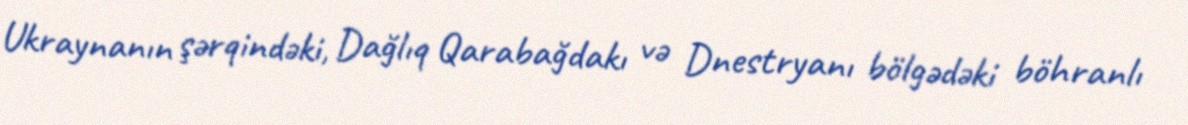
Ukraynanın şərqindəki, Dağlıq Qarabağdakı və Dnestryanı bölgədəki böhranlı